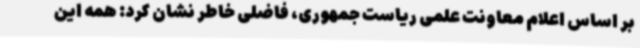
بر اساس اعلام معاونت علمی ریاست جمهوری، فاضلی خاطر نشان کرد: همه این